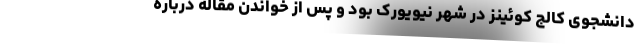
دانشجوی کالج کوئینز در شهر نیویورک بود و پس از خواندن مقاله درباره